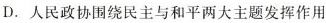
D.人民政协围绕民主与和平两大主题发挥作用